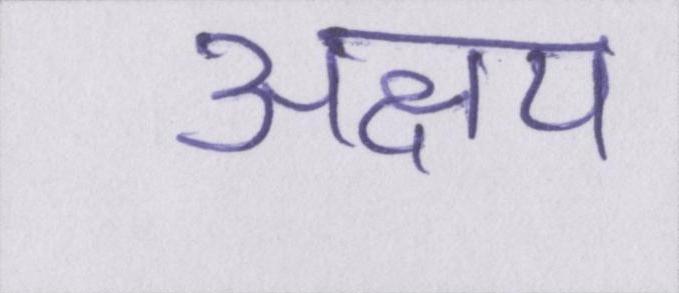
अक्षय